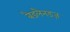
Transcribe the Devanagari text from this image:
बैडलैनडज़